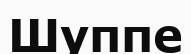
Шуппе